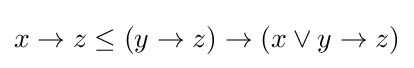
x\to z\leq (y\to z)\to (x\lor y\to z)